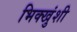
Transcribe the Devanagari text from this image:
भिक्खुंशी